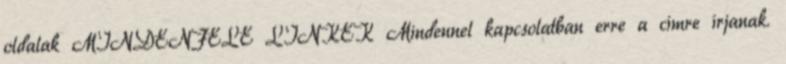
oldalak MINDENFÉLE LINKEK Mindennel kapcsolatban erre a címre írjanak.